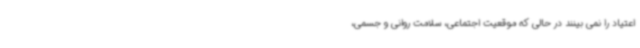
اعتیاد را نمی بینند در حالی که موقعیت اجتماعی، سلامت روانی و جسمی،